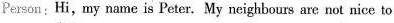
Person:Hi,my name is Peter. My neighbours are not nice to